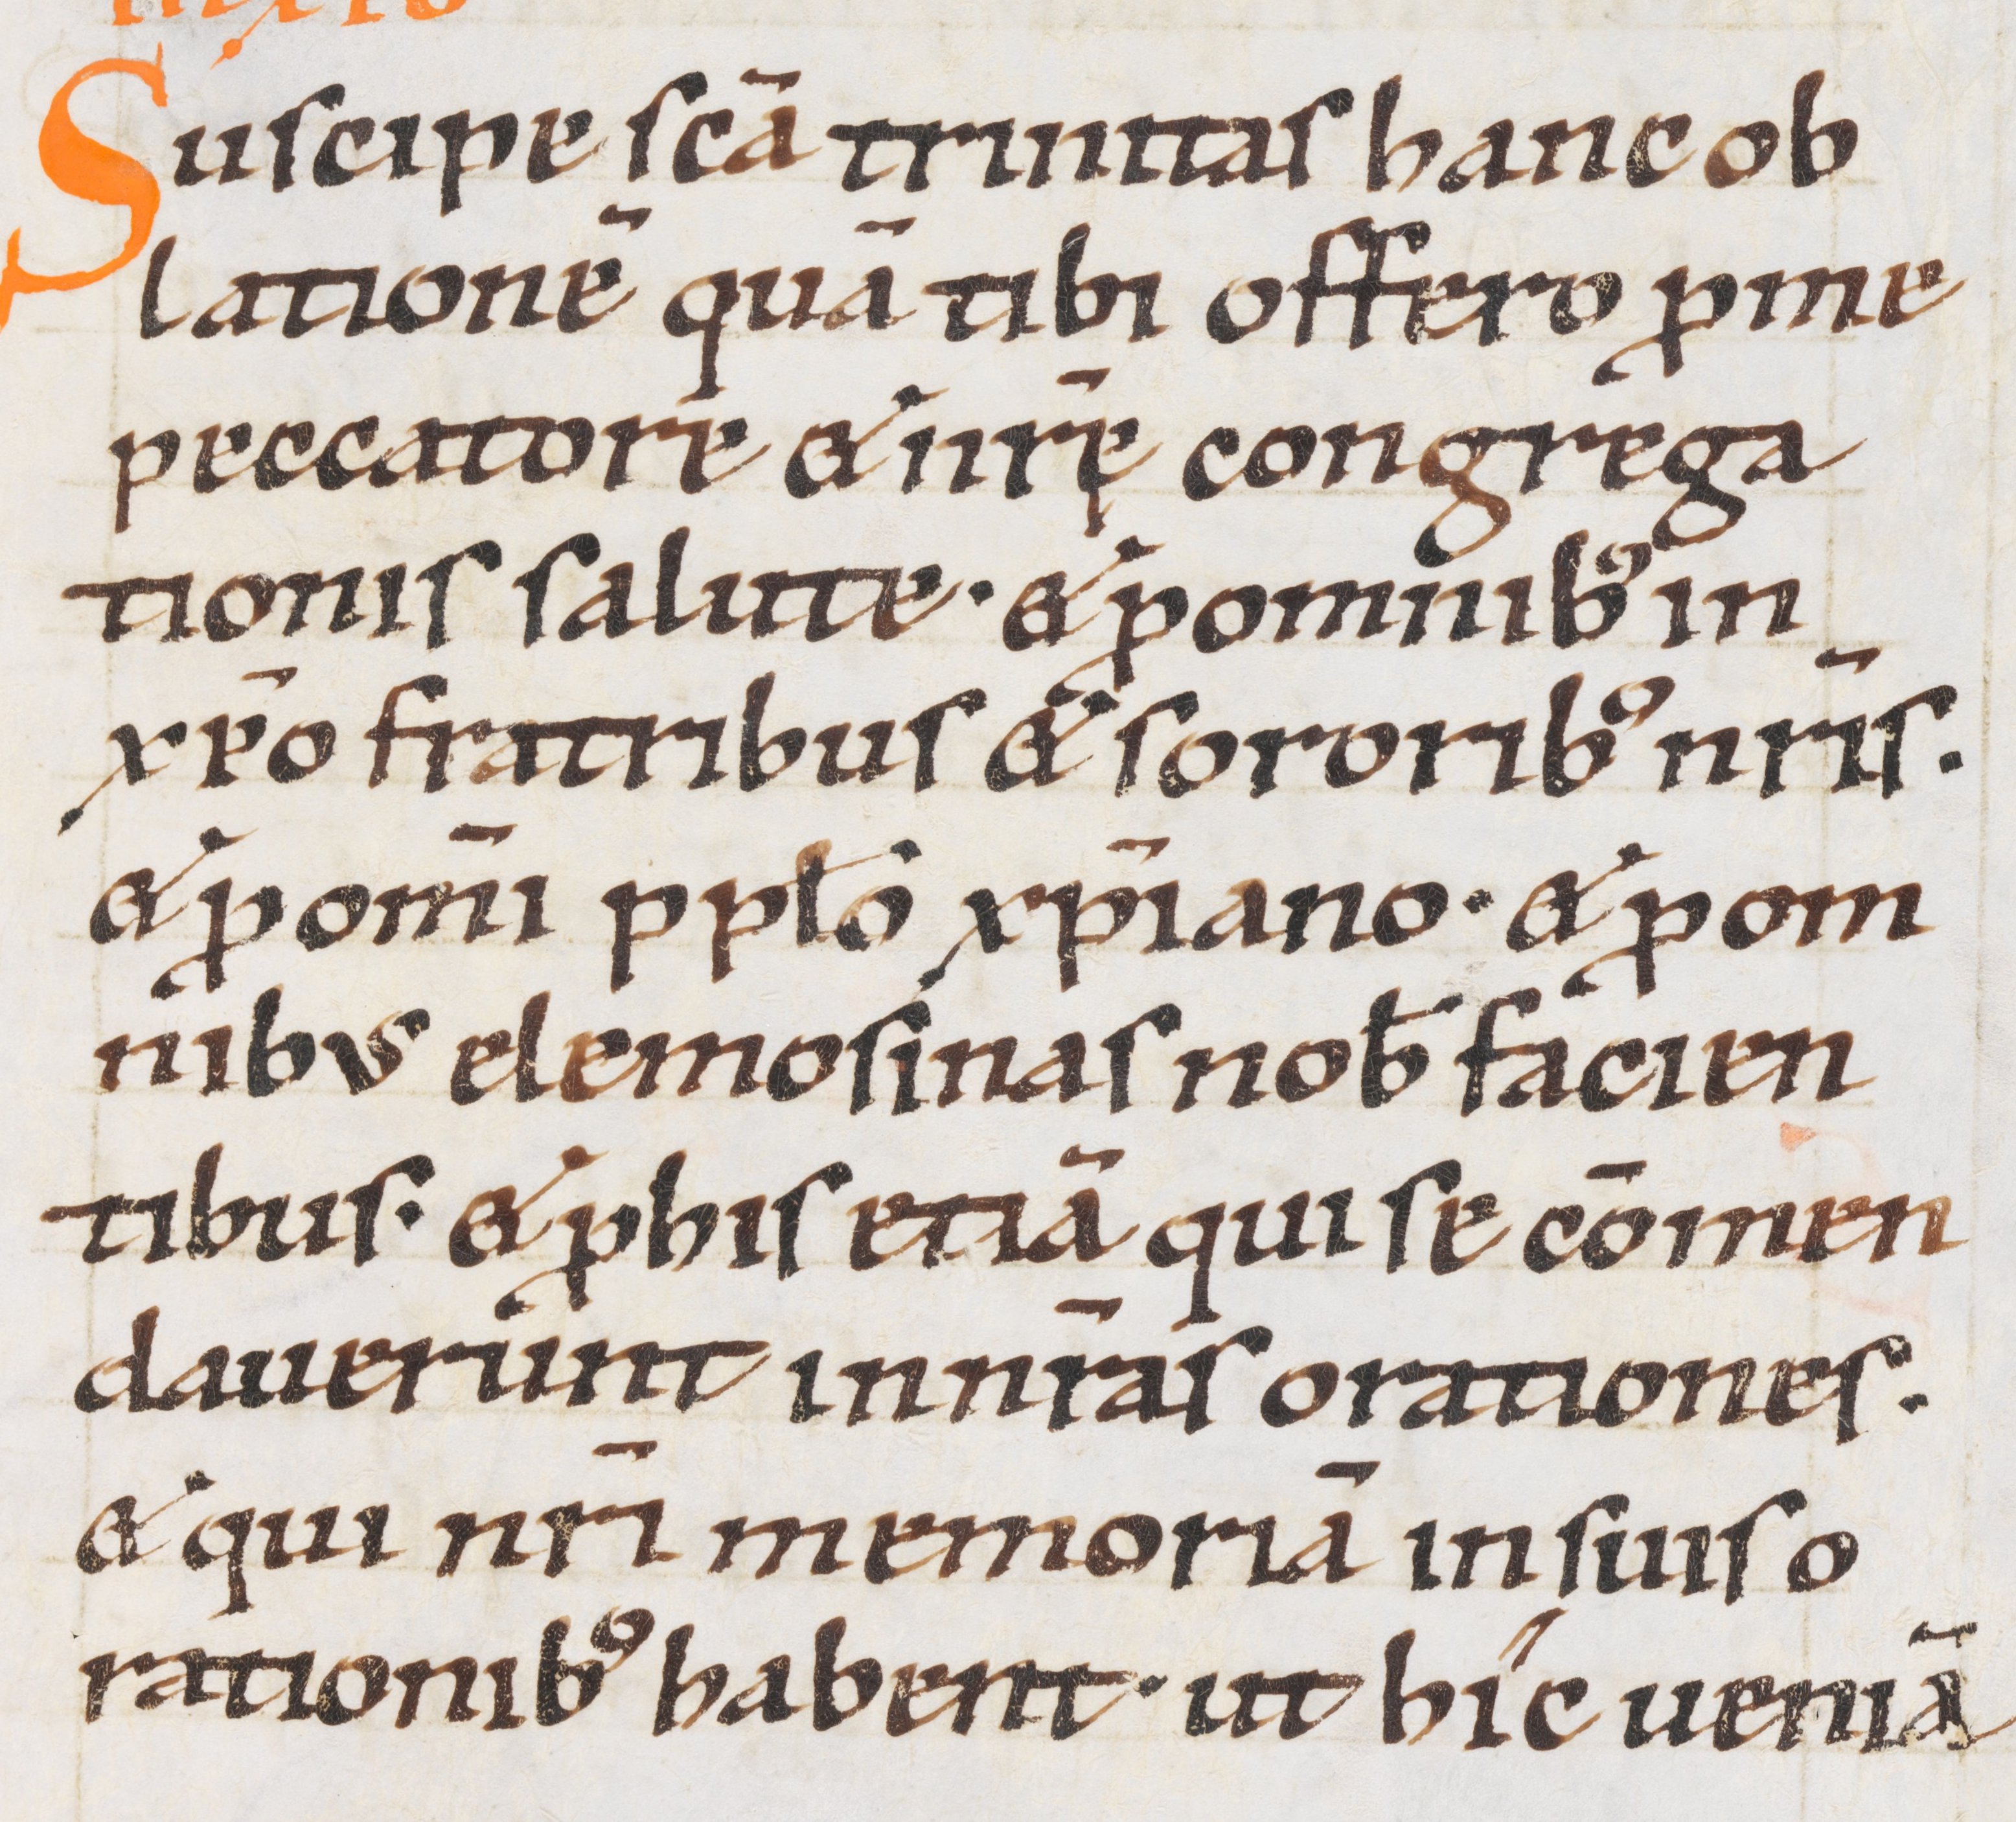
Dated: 1000–1099